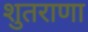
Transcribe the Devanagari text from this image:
शुतराणा